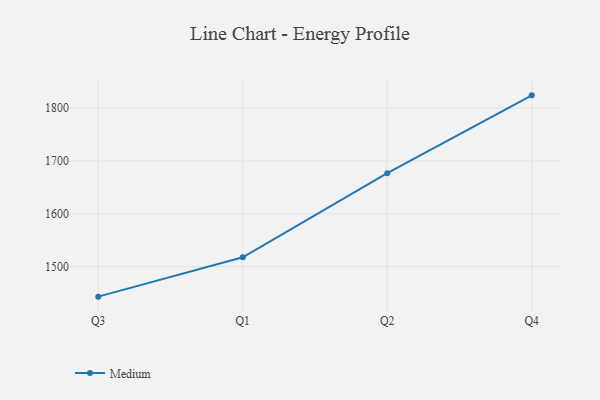
{"axis": {"x": "Quarter", "y": "Active Users"}, "legend": ["Medium"], "data": [{"x": "Q3", "y": 1443.1, "type": "Medium"}, {"x": "Q1", "y": 1517.6, "type": "Medium"}, {"x": "Q2", "y": 1676.9, "type": "Medium"}, {"x": "Q4", "y": 1824.2, "type": "Medium"}]}